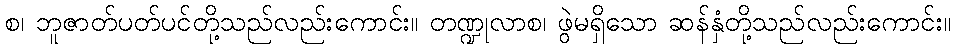
စ၊ ဘူဇာတ်ပတ်ပင်တို့သည်လည်းကောင်း။ တဏ္ဍုလာစ၊ ဖွဲမရှိသော ဆန်နှံတို့သည်လည်းကောင်း။